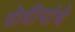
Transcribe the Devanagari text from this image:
वोवीयांचे